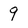
Character: 9